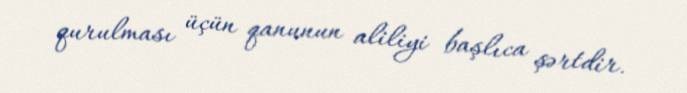
qurulması üçün qanunun aliliyi başlıca şərtdir.